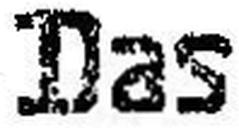
Das